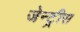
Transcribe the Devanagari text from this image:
जेन्ट्रीस